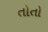
તોતો